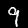
Label: 9